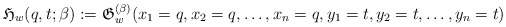
\begin{gather*}\mathfrak{H}_{w}(q,t;\beta):=\mathfrak{G}_{w}^{(\beta)}(x_1=q,x_2=q, \ldots,x_n=q,y_1=t,y_2=t,\ldots,y_n=t)\end{gather*}